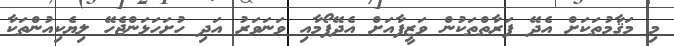
މި މަޤާމުތަކަށް އެދޭ ފަރާތްތަކުން ވަޒީފާއަށް އެދޭފޯމާއި ވަނަވަރު އަދި ހުށަހަޅަންޖެހޭ ލިޔެކިއުންތަކާ